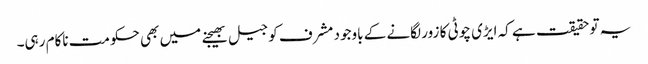
یہ تو حقیقت ہے کہ ایڑی چوٹی کا زور لگانے کے باوجود مشرف کو جیل بھیجنے میں بھی حکومت ناکام رہی۔